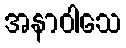
အနာဝါသေ